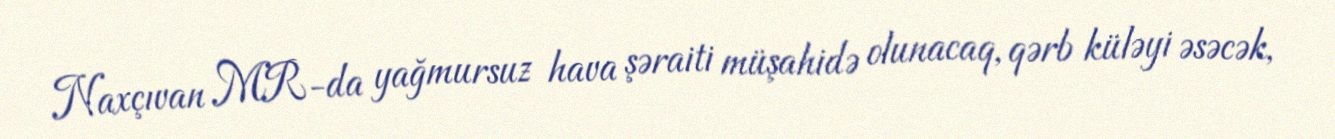
Naxçıvan MR-da yağmursuz hava şəraiti müşahidə olunacaq, qərb küləyi əsəcək,